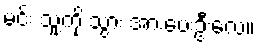
မင်း သူ့ကို သွား အားပေးဦးလေ။